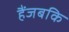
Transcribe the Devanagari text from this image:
हैंजबकि